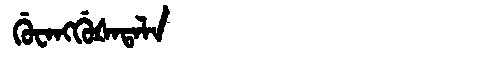
Manchu: ᡤᡠᠸᠠᠩᡤᡠᡧᠠᡨᠠᠯᠠ
Romanization: GUWANGGUŠATALA